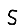
Digit: 5